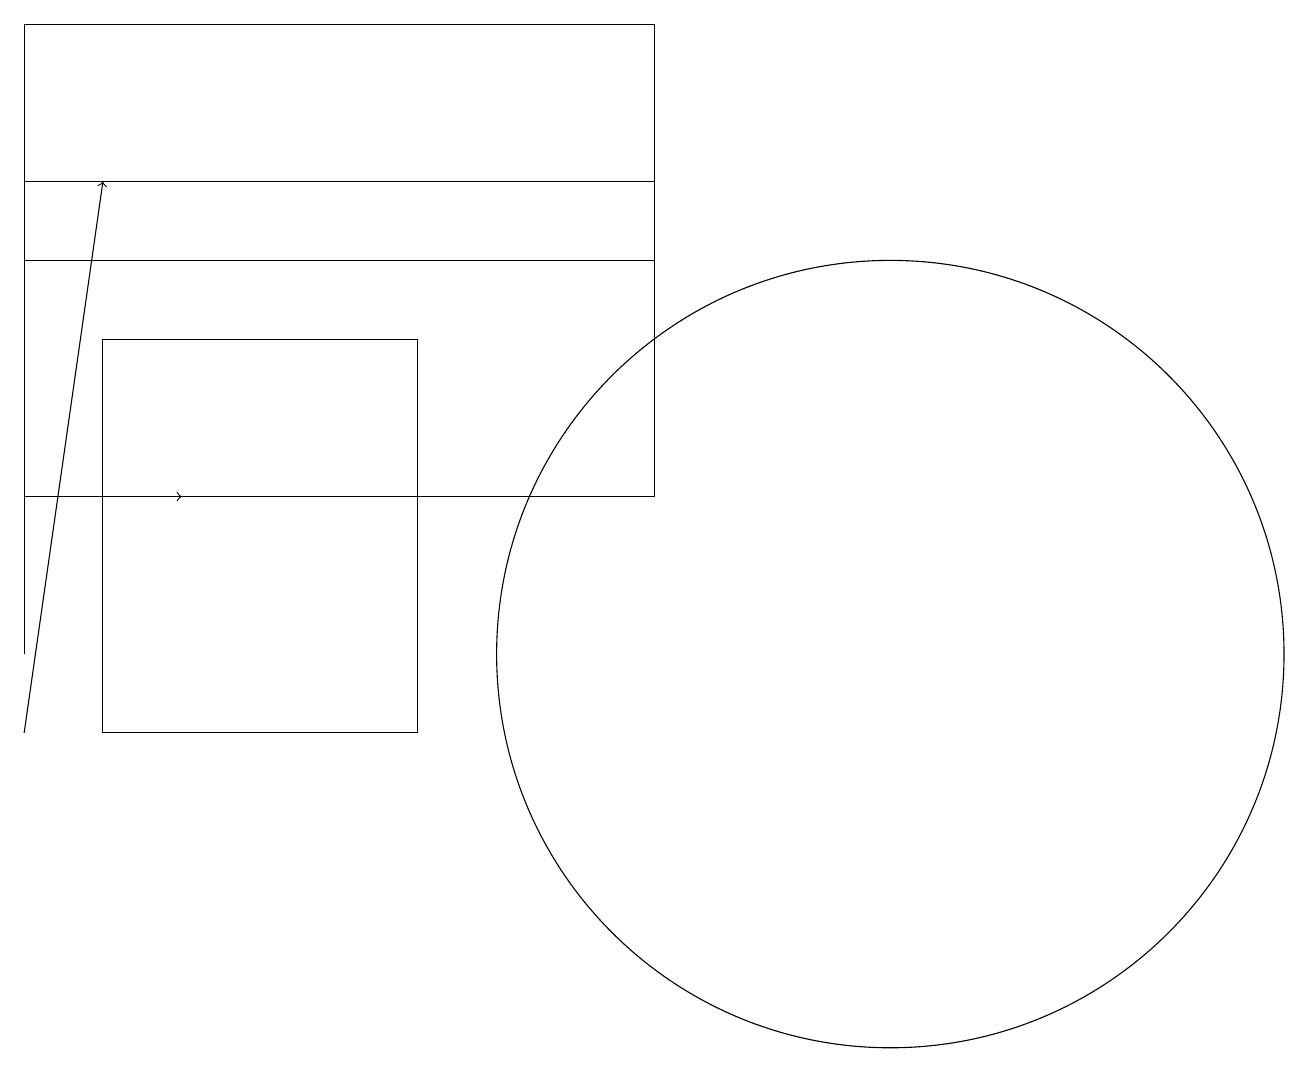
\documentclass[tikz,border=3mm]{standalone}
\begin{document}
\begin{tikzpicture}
\draw[->] (1,13) -- (3,13);
\draw (12,11) circle (5);
\draw (9,13) rectangle (1,19);
\draw[->] (1,10) -- (2,17);
\draw (2,10) rectangle (6,15);
\draw (9,17) rectangle (1,16);
\draw (1,13) rectangle (1,11);
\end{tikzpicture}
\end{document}